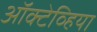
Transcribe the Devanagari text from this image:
ऑक्टेव्हिया